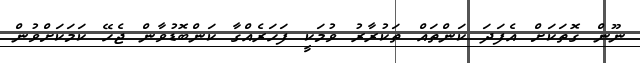
ނޫން ގޮތަކަށް އެފަދަ ކަންތައް ތަކުރާރު ވުމަކީ ފަހަރެއްގާ ކަންބޮޑުވާން ޖެހޭ ކަމަކަށްވުން